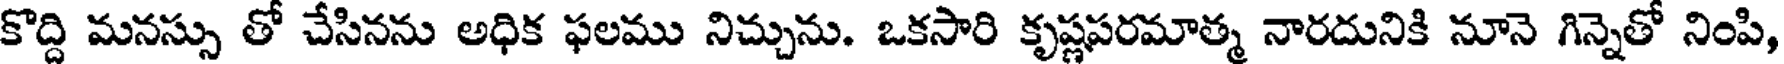
కొద్ది మనస్సు తో చేసినను అధిక ఫలము నిచ్చును. ఒకసారి కృష్ణపరమాత్మ నారదునికి నూనె గిన్నెతో నింపి,